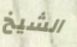
الشيخ